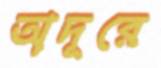
অদূরে